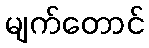
မျက်တောင်